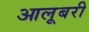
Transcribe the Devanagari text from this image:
आलूबरी